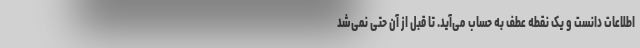
اطلاعات دانست و یک نقطه عطف به حساب می‌آید. تا قبل از آن حتی نمی‌شد